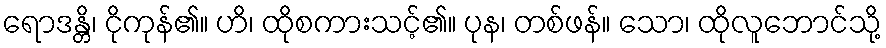
ရောဒန္တိ၊ ငိုကုန်၏။ ဟိ၊ ထိုစကားသင့်၏။ ပုန၊ တစ်ဖန်။ သော၊ ထိုလူဘောင်သို့